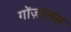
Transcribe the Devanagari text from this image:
गोंज़ालस